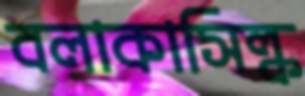
বলাকাসিল্ক